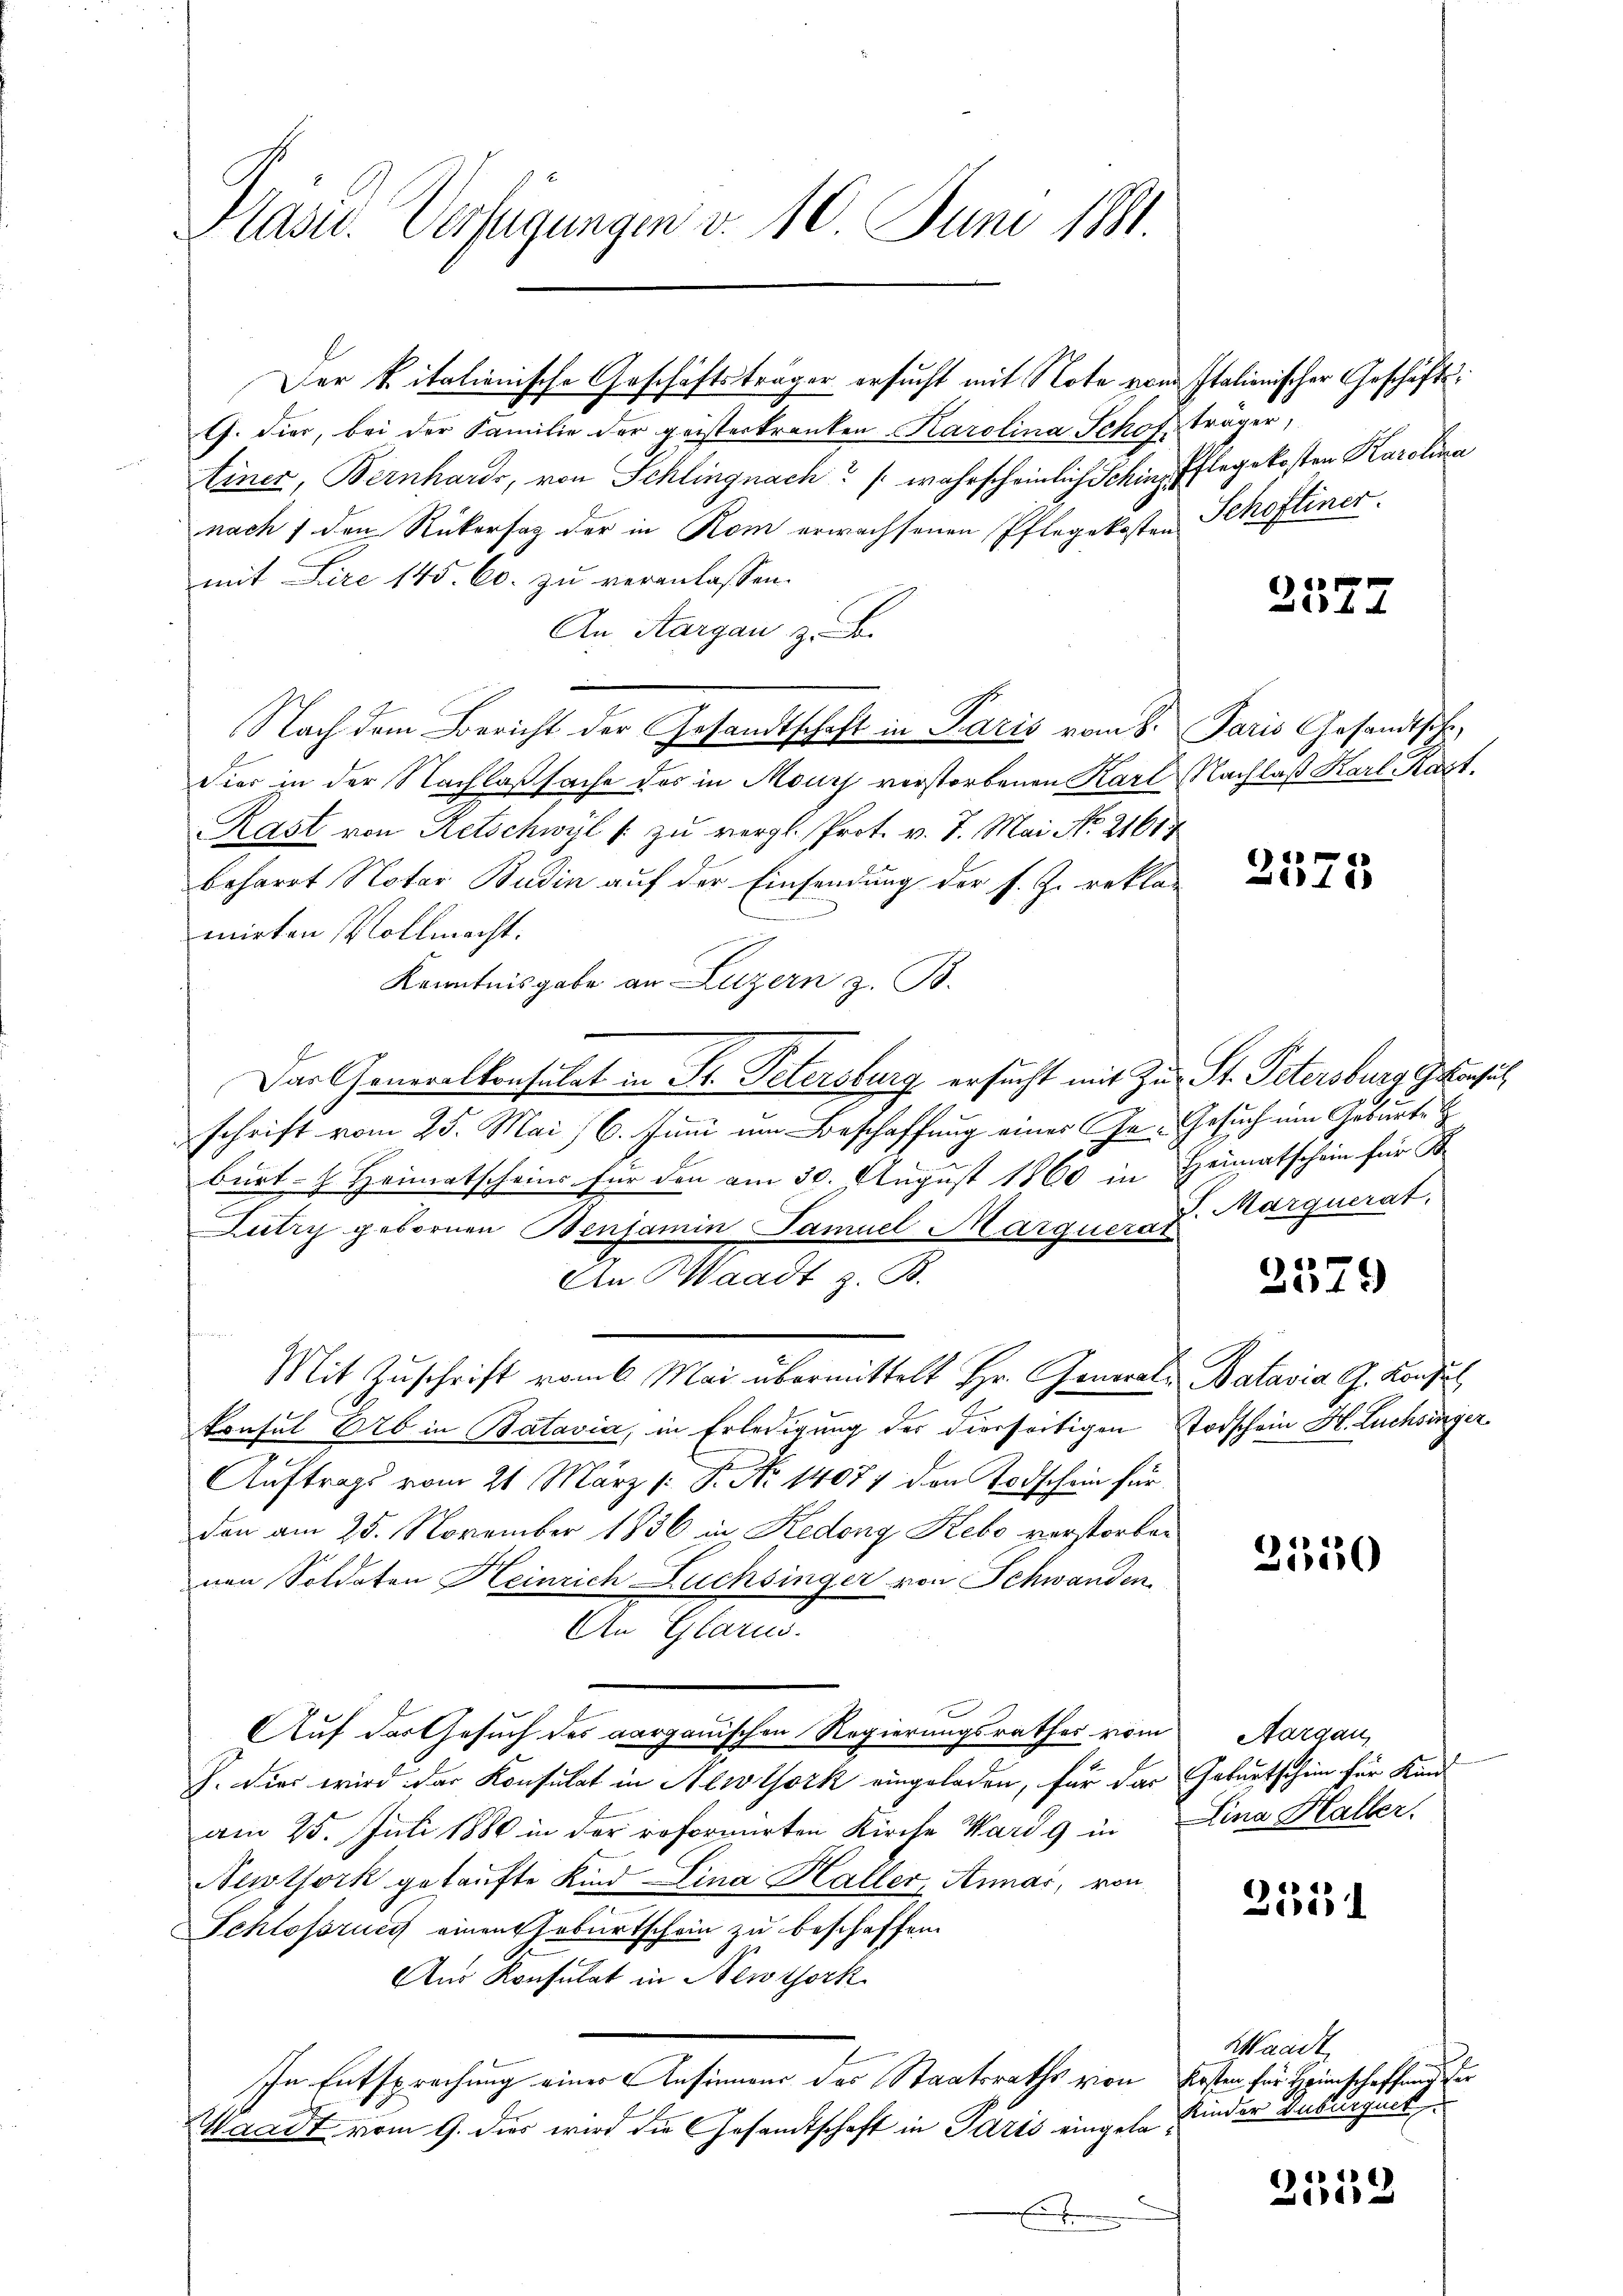
Präsid. Verfügungen v. 10. Juni 1881.

Der Vitalienische Geschäftsträger ersucht mit Note von Italionischer Geschäfts¬
G. dies, bei der Familie der geisterkranken Karolina Schofsträger,
Einer, Bernhards, von Schlingnach (wahrscheinlich Schinz Pflegekosten Karolina
nach f den Rükersag der in Rom erwachsenen Pflegekosten Schoftiner
mit Lire 145. 60. zu veranlassen.
An, Aargau z. B.
Nach dem Bericht der Gesandtschaft in Paris vom 8. Paris Gesandtsch
vier in der Nachlaßsache des in Mours verstorbenen Karl Nachlaß Karl Kart.
Rast von Retschwyl /: zu vergl. Prot. v. 7. Mai No 21614
beharrt Notar Budin auf der Einsendung der s. Z. reklamirten Vollmacht.
Kenntnisgabe an Luzern z. B.
Das Generalkonsulat in Fr. Petersburg ersucht mit Zu St. Petersburg Gebenfal
schrift vom 25. Mai / 6. Juni um Beschaffung einer Ge- Gesuch ein Geburte
burt Heimatscheins für den am 30. August 1860 in Heimatschein für K
Lutry gebornen Benjamin Samuel Marqueras
An Waadt z. B.
Mit Zuschrift vom 6. Mai übermittelt Hr. General-Batavia G. Konsul
konsul Er in Batavia, in Erledigung der dierseitigen Stodschein H. Luchsinger
Auftrags vom 21. März /: P. No 14077 den Todschein für
den am 25. November 1836 in Redong Hebo verstorben
nen Soldaten Heinrich Lüchsinger von Schwanden,
An Glarus.
Auf das Gesuch des aargauischen Regierungsrathes vom Aargau,
J. Dies wird das Konsulat in Alwtjork eingeladen, für das Geburtschein für Kund-
am 25. Juli 1880 in der reformirten Kirche Ward 9 in Lina Haller.
Newtork gekaufte Kind Lina Haller, Annar, von
Schlossrung einen Geburtschein zu beschaffen
Aus Konsulat in Newtork
In Entsprechung einer Ansinnens des Staatsraths von Ersten für Heimschaffend der
Waadt vom 9. dies wird die Gesandtschaft in Paris eingela¬

s
577

d
2018

J. Marquerat.

2379

3550

2554

Waadt
Kinder Duburguet

1
d